Leaving Certificate Examination, 1920
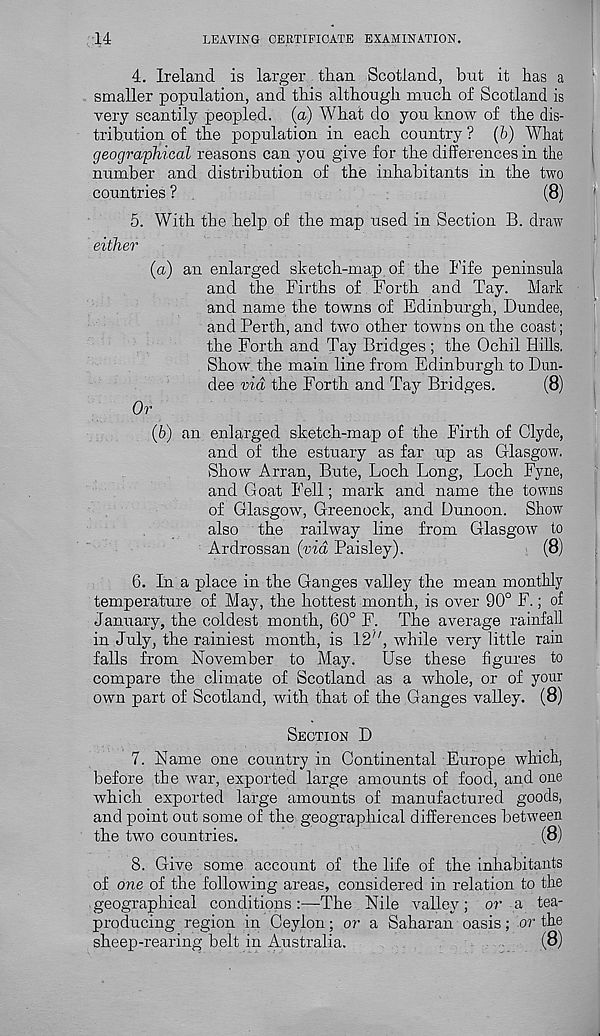
14
LEAVING CERTIFICATE EXAMINATION.
4. Ireland is larger than Scotland, but it has a
!
smaller population, and this although much of Scotland is
very scantily peopled, (a) What do you know of the dis-
tribution of the population in each country ? (6) What
geographical reasons can you give for the differences in the
|
number and distribution of the inhabitants in the two
countries ?
(8)
5. With the help of the map used in Section B. draw
either
(а) an enlarged sketch-map of the Fife peninsula
and the Firths of Forth and Tay. Mark
and name the towns of Edinburgh, Dundee,
and Perth, and two other towns on the coast;
the Forth and Tay Bridges ; the Ochil Hills.
Show the main line from Edinburgh to Dun-
dee via the Forth and Tay Bridges.
(8)
Or
(б) an enlarged sketch-map of the Firth of Clyde,
and of the estuary as far up as Glasgow.
Show Arran, Bute, Loch Long, Loch Fyne,
and Goat Fell; mark and name the towns
of Glasgow, Greenock, and Dunoon. Show
also the railway line from Glasgow to
Ardrossan (via Paisley).
(8)
6. In a place in the Ganges valley the mean monthly
temperature of May r , the hottest month, is over 90° F.; of
January, the coldest month, 60° F. The average rainfall
in July, the rainiest month, is 12", 'while very little rain
falls from November to May.
Use these figures to
compare the climate of Scotland as a whole, or of your
own part of Scotland, with that of the Ganges valley. (8)
SECTION D
7. Name one country in Continental Europe which,
before the war, exported large amounts of food, and one
which exported large amounts of manufactured goods,
and point out some of the geographical differences between
the two countries.
(8)
8. Give some account of the life of the inhabitants
of one of the following areas, considered in relation to the
geographical conditions :—The Nile valley ; or a tea-
producing region in Ceylon; or a Saharan oasis; or the
sheep-rearing belt in Australia.
(8)